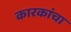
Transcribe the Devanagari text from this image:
कारकांचा